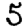
Digit: 5